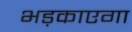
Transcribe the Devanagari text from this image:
भड़काएगा